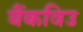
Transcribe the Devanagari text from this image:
बैंकविउ